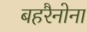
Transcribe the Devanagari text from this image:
बहरैनोना